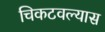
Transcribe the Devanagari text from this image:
चिकटवल्यास